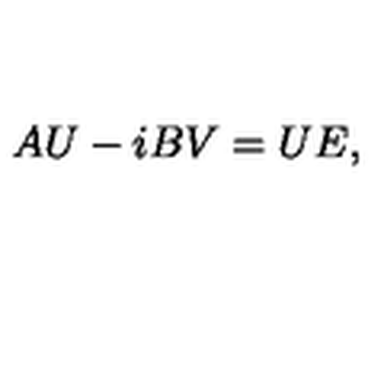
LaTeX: A U - i B V = U E ,